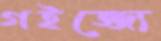
গইজ্জ্যে